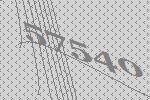
57540